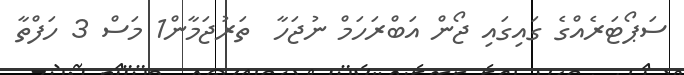
ސަޕޯޓަރެއްގެ ގައިގައި ޖޯން އަބްރަހަމް ނުޖަހާ  ތަރުޖަމާން1 މަސް 3 ހަފްތާ